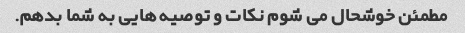
مطمئن خوشحال می شوم نکات و توصیه هایی به شما بدهم.